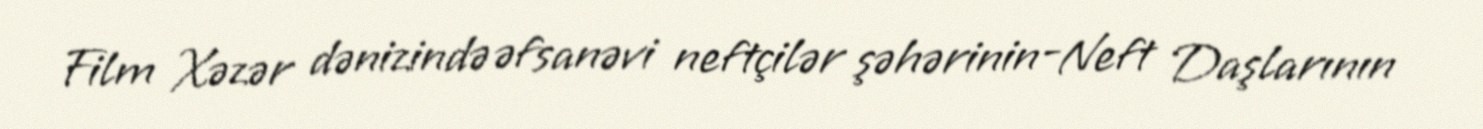
Film Xəzər dənizində əfsanəvi neftçilər şəhərinin-Neft Daşlarının